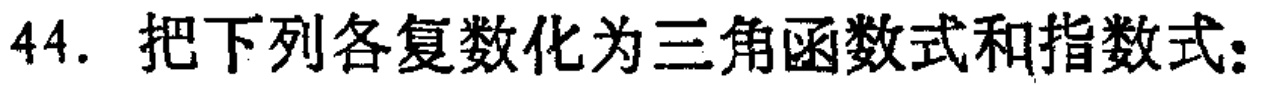
44. 把下列各复数化为三角函数式和指数式：